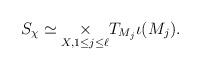
LaTeX: \begin{align*}S_\chi \simeq \underset{X,1\leq j\leq \ell}{\times}T_{M_j}\iota(M_j).\end{align*}